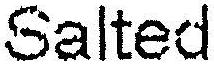
SALTED